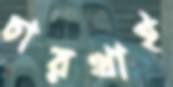
চারখাই